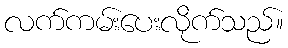
လက်ကမ်းပေးလိုက်သည်။